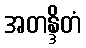
အတန္ဒိတံ